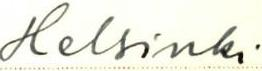
Helsinki